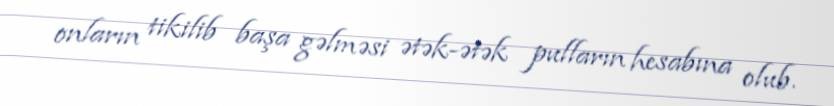
onların tikilib başa gəlməsi ətək-ətək pulların hesabına olub.